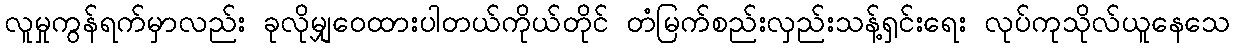
လူမှုကွန်ရက်မှာလည်း ခုလိုမျှဝေထားပါတယ်ကိုယ်တိုင် တံမြက်စည်းလှည်းသန့်ရှင်းရေး လုပ်ကုသိုလ်ယူနေသေ